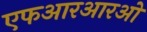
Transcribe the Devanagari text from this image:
एफआरआरओ